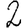
Digit: 2